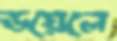
ডয়েলে